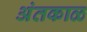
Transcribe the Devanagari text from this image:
अंतकाळ